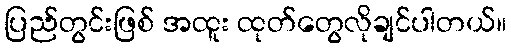
ပြည်တွင်းဖြစ် အထူး ထုတ်တွေလိုချင်ပါတယ်။